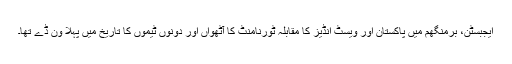
ایجبسٹن، برمنگھم میں پاکستان اور ویسٹ انڈیز کا مقابلہ ٹورنامنٹ کا آٹھواں اور دونوں ٹیموں کا تاریخ میں پہلا ون ڈے تھا۔